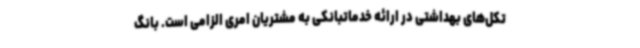
تکل‌های بهداشتی در ارائه خدماتبانکی به مشتریان امری الزامی است. بانگ